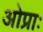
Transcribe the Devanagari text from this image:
ओप्राः